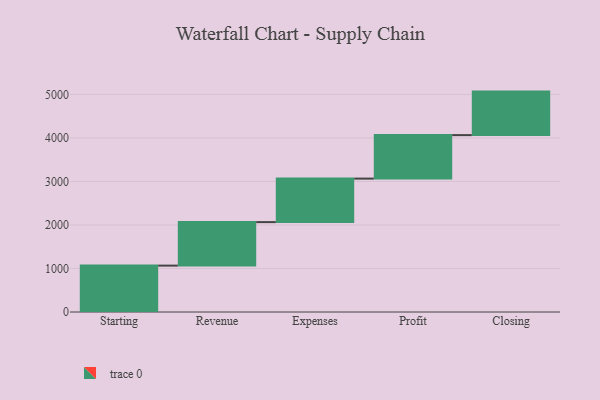
{"axis": {"x": "Step", "y": "Value"}, "legend": [""], "data": [{"x": "Starting", "y": 1066.0, "type": ""}, {"x": "Revenue", "y": 1000, "type": ""}, {"x": "Expenses", "y": 1000, "type": ""}, {"x": "Profit", "y": 1000, "type": ""}, {"x": "Closing", "y": 1000, "type": ""}]}